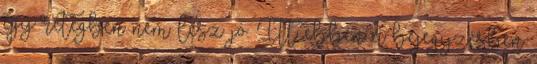
egy rétegben nem lesz jó. Itt ebben a bejegyzésben